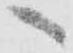
へ